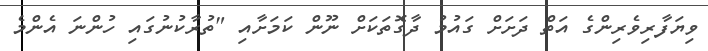
ވިޔަފާރިވެރިންގެ އަތް ދަށަށް ގައުމު ދާގޮތަކަށް ނޫން ކަމަށާއި "ތުރާކުނުގައި ހުންނަ އެންމެ